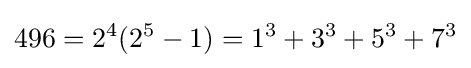
496=2^{4}(2^{5}-1)=1^{3}+3^{3}+5^{3}+7^{3}